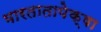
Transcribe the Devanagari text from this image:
भारतातापेक्षा